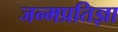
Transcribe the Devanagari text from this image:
जन्मप्रतिज्ञा